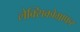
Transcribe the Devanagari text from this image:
लेक्सिकोग्राफर